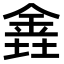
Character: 𫒕